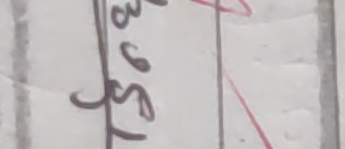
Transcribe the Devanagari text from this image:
१५०३